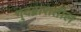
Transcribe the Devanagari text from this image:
गुदद्वारातील